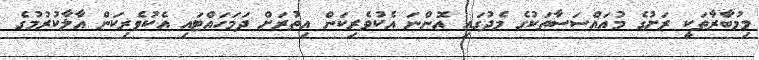
މިމުބާރާތަކީ ރަށުގެ މުއައްސަސާތަކުގެ މެދުގައި އޮންނަ އެކުވެރިކަން އިތުރަށް ދަމަހައްޓައި އެކުވެރިކަން އާލާކުރުމުގެ